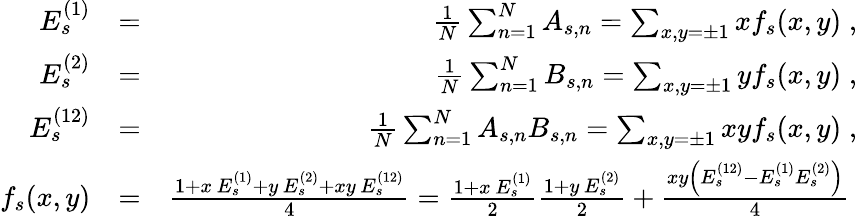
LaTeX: \begin{array}{rlr}{E_{s}^{(1)}}&{=}&{\frac{1}{N}\sum_{n=1}^{N}A_{s,n}=\sum_{x,y=\pm 1}xf_{s}(x,y)\; ,}\\ {E_{s}^{(2)}}&{=}&{\frac{1}{N}\sum_{n=1}^{N}B_{s,n}=\sum_{x,y=\pm 1}yf_{s}(x,y)\; ,}\\ {E_{s}^{(12)}}&{=}&{\frac{1}{N}\sum_{n=1}^{N}A_{s,n}B_{s,n}=\sum_{x,y=\pm 1}xyf_{s}(x,y)\; ,}\\ {f_{s}(x,y)}&{=}&{\frac{1+x\, E_{s}^{(1)}+y\, E_{s}^{(2)}+xy\, E_{s}^{(12)}}{4}=\frac{1+x\, E_{s}^{(1)}}{2}\frac{1+y\, E_{s}^{(2)}}{2}+\frac{xy\left(E_{s}^{(12)}-E_{s}^{(1)}E_{s}^{(2)}\right)}{4}\; }\end{array}